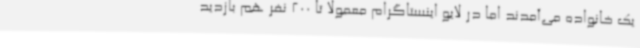
یک خانواده می‌آمدند اما در لایو اینستاگرام معمولا تا 200 نفر هم بازدید